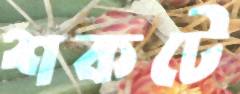
শকটে